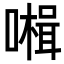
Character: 𡀞